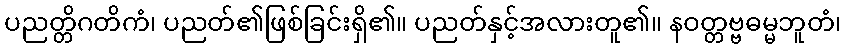
ပညတ္တိဂတိကံ၊ ပညတ်၏ဖြစ်ခြင်းရှိ၏။ ပညတ်နှင့်အလားတူ၏။ နဝတ္တဗ္ဗဓမ္မဘူတံ၊